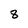
Character: 8